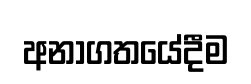
අනාගතයේදීම